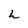
Character: h